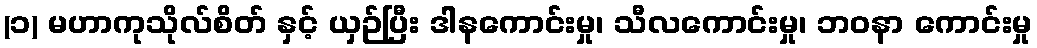
(၁) မဟာကုသိုလ်စိတ် နှင့် ယှဉ်ပြီး ဒါနကောင်းမှု၊ သီလကောင်းမှု၊ ဘဝနာ ကောင်းမှု